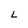
Character: L